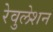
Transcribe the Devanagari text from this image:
रेवुलेशन